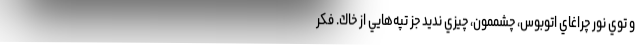
و توي نور چراغاي اتوبوس، چشممون، چيزي نديد جز تپه‌هايي از خاك. فكر